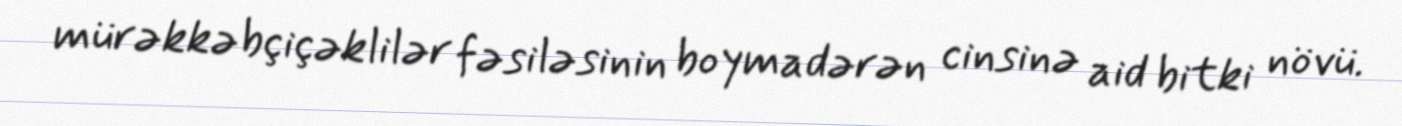
mürəkkəbçiçəklilər fəsiləsinin boymadərən cinsinə aid bitki növü.